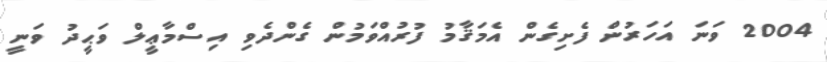
2004 ވަނަ އަހަރުން ފެށިގެން އެމަޤާމު ފުރުއްވަމުން ގެންދެވި އިސްމާޢީލް ވަޙީދު ވަނީ